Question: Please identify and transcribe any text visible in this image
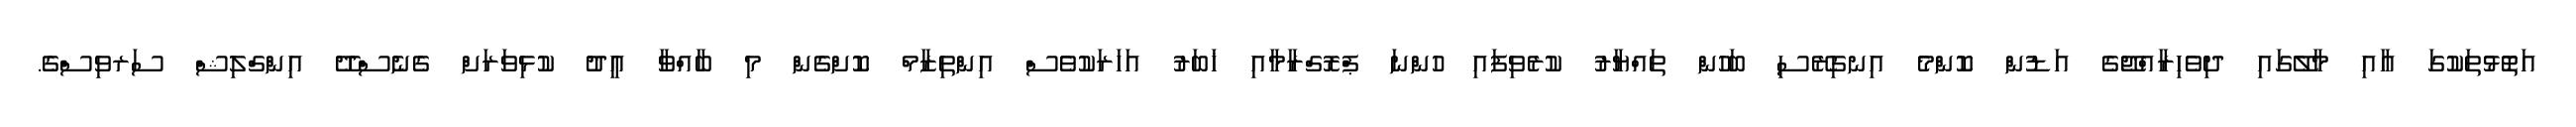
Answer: އަތޮޅުތަކުގަ އާއި މާލޭގައި ދިވެހިރާއްޖޭގެ އަޑުން ކޮންމެ އިނގިރޭސި ބަހުން ތައްޔާރު ކުރެވިފައި ހުންނަ ޕްރޮގްރާމާއި ޚަބަރު އަހަރަކުވެސް އިންތިޒާމް ކޮށްގެން މި ބާއްވާ ޢީދު ކުޅިވަރަށް ގެނެސްދޭ އިންގްލިޝް ސަރވިސްގެ.